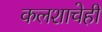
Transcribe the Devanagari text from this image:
कलशाचेही